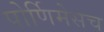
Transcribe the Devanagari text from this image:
पोर्णिमेसच